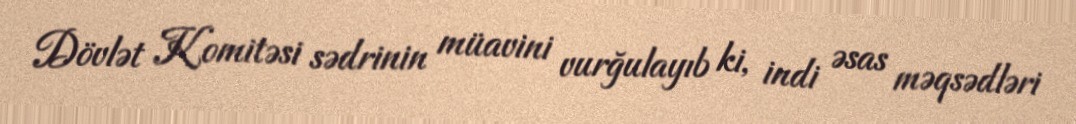
Dövlət Komitəsi sədrinin müavini vurğulayıb ki, indi əsas məqsədləri